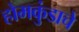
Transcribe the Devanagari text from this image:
होमकुंडाचे